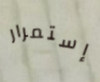
إستمرار